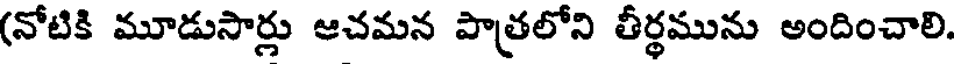
(నోటికి మూడుసార్లు ఆచమన పాత్రలోని తీర్థమును అందించాలి.